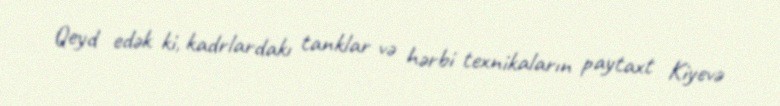
Qeyd edək ki, kadrlardakı tanklar və hərbi texnikaların paytaxt Kiyevə